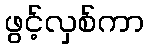
ဖွင့်လှစ်ကာ